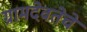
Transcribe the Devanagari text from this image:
ग्रामदेवतेचे